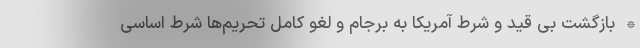
* بازگشت بی قید و شرط آمریکا به برجام و لغو کامل تحریم‌ها شرط اساسی